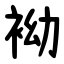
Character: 袎